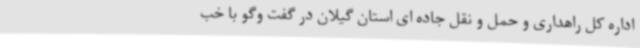
اداره کل راهداری و حمل و نقل جاده ای استان گیلان در گفت وگو با خب